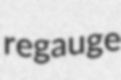
regauge